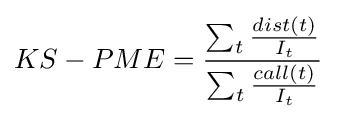
KS-PME={\frac {\sum _{t}{\frac {dist(t)}{I_{t}}}}{\sum _{t}{\frac {call(t)}{I_{t}}}}}